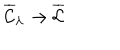
\overline { { { { \cal C } } } } _ { \lambda } \rightarrow \overline { { { { \cal C } } } }